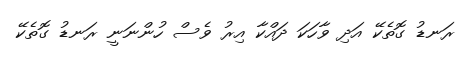
ރަނޑު ގޮތެކޭ އަދި ވާހަކަ ދައްކާ އިރު ވެސް ހުންނަނީ ރަނޑު ގޮތެކޭ